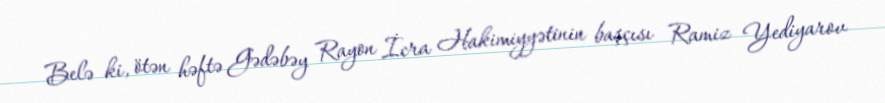
Belə ki, ötən həftə Gədəbəy Rayon İcra Hakimiyyətinin başçısı Ramiz Yediyarov